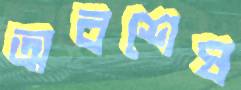
অবশেষ